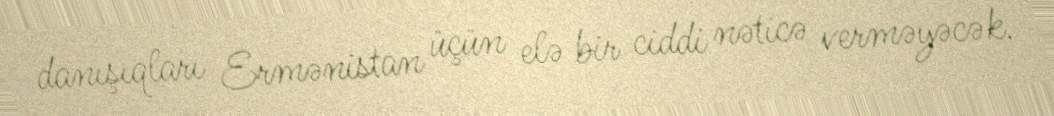
danışıqları Ermənistan üçün elə bir ciddi nəticə verməyəcək.